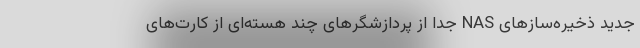
جدید ذخیره‌سازهای NAS جدا از پردازشگرهای چند هسته‌ای از کارت‌های